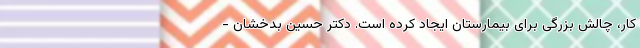
کار، چالش بزرگی برای بیمارستان ایجاد کرده است. دکتر حسین بدخشان -